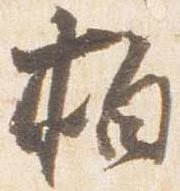
柏